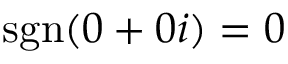
\operatorname { s g n } ( 0 + 0 i ) = 0